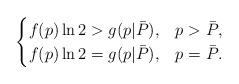
LaTeX: \begin{align*}\begin{cases}f(p)\ln2>g(p|\bar{P}),& p>\bar{P},\\f(p)\ln2=g(p|\bar{P}),& p=\bar{P}.\end{cases}\end{align*}